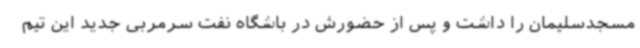
مسجدسلیمان را داشت و پس از حضورش در باشگاه نفت سرمربی جدید این تیم